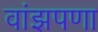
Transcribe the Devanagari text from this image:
वांझपणा